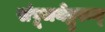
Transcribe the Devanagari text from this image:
संपूजयेद्गुरुम्